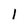
Character: 1